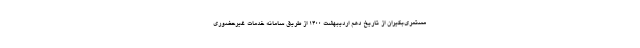
مستمری‌بگیران از تاریخ دهم اردیبهشت 1400 از طریق سامانه خدمات غیرحضوری